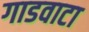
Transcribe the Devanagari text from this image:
गाडवाटा